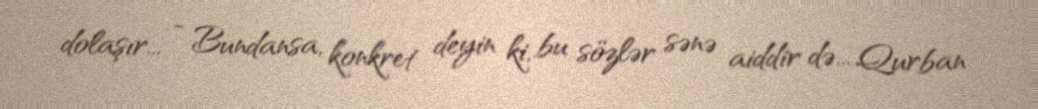
dolaşır... - Bundansa, konkret deyin ki, bu sözlər sənə aiddir də... Qurban